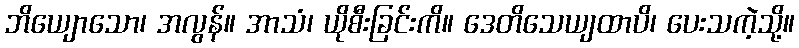
ဘိယျောသော၊ အလွန်။ အာသံ၊ ယိုစီးခြင်းကိ။ ဒေတိသေယျထာပိ၊ ပေးသကဲ့သို့။